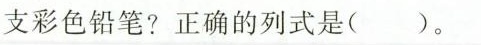
支彩色铅笔?正确的列式是( )。